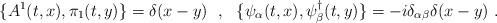
LaTeX: \begin{align*}\{A^1(t,x),\pi_1(t,y)\}=\delta(x-y)\ \ ,\ \ \{\psi_\alpha(t,x),\psi^\dagger_\beta(t,y)\}=-i\delta_{\alpha\beta}\delta(x-y)\ .\end{align*}